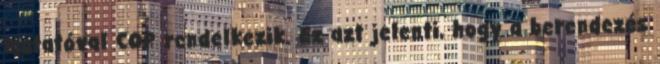
mutatóval COP rendelkezik. Ez azt jelenti, hogy a berendezés